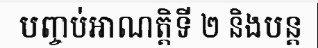
បញ្ចប់អាណត្តិទី ២ និងបន្ត